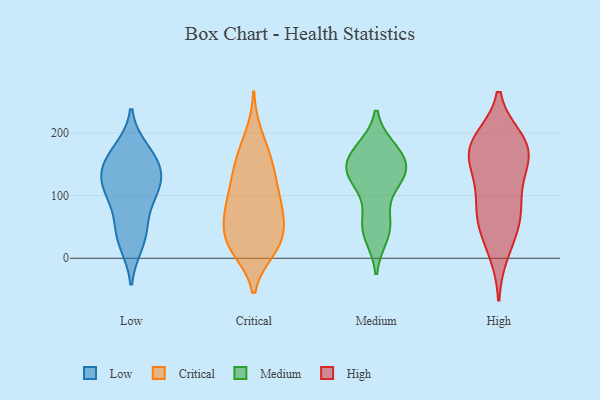
{"axis": {"x": "Waste Production (Tons)", "y": "Value"}, "legend": ["Critical", "High", "Low", "Medium"], "data": [{"x": "", "y": 24, "type": "Low"}, {"x": "", "y": 161, "type": "Low"}, {"x": "", "y": 114, "type": "Low"}, {"x": "", "y": 172, "type": "Low"}, {"x": "", "y": 152, "type": "Low"}, {"x": "", "y": 37, "type": "Low"}, {"x": "", "y": 142, "type": "Low"}, {"x": "", "y": 125, "type": "Low"}, {"x": "", "y": 56, "type": "Low"}, {"x": "", "y": 102, "type": "Low"}, {"x": "", "y": 107, "type": "Low"}, {"x": "", "y": 41, "type": "Critical"}, {"x": "", "y": 85, "type": "Critical"}, {"x": "", "y": 142, "type": "Critical"}, {"x": "", "y": 95, "type": "Critical"}, {"x": "", "y": 16, "type": "Critical"}, {"x": "", "y": 80, "type": "Critical"}, {"x": "", "y": 155, "type": "Critical"}, {"x": "", "y": 75, "type": "Critical"}, {"x": "", "y": 133, "type": "Critical"}, {"x": "", "y": 14, "type": "Critical"}, {"x": "", "y": 31, "type": "Critical"}, {"x": "", "y": 58, "type": "Critical"}, {"x": "", "y": 197, "type": "Critical"}, {"x": "", "y": 33, "type": "Critical"}, {"x": "", "y": 164, "type": "Critical"}, {"x": "", "y": 106, "type": "Critical"}, {"x": "", "y": 17, "type": "Critical"}, {"x": "", "y": 174, "type": "Medium"}, {"x": "", "y": 36, "type": "Medium"}, {"x": "", "y": 135, "type": "Medium"}, {"x": "", "y": 42, "type": "Medium"}, {"x": "", "y": 167, "type": "Medium"}, {"x": "", "y": 135, "type": "Medium"}, {"x": "", "y": 145, "type": "Medium"}, {"x": "", "y": 125, "type": "Medium"}, {"x": "", "y": 58, "type": "Medium"}, {"x": "", "y": 129, "type": "Medium"}, {"x": "", "y": 164, "type": "Medium"}, {"x": "", "y": 129, "type": "Medium"}, {"x": "", "y": 171, "type": "Medium"}, {"x": "", "y": 62, "type": "Medium"}, {"x": "", "y": 75, "type": "High"}, {"x": "", "y": 188, "type": "High"}, {"x": "", "y": 63, "type": "High"}, {"x": "", "y": 74, "type": "High"}, {"x": "", "y": 184, "type": "High"}, {"x": "", "y": 175, "type": "High"}, {"x": "", "y": 129, "type": "High"}, {"x": "", "y": 115, "type": "High"}, {"x": "", "y": 167, "type": "High"}, {"x": "", "y": 162, "type": "High"}, {"x": "", "y": 177, "type": "High"}, {"x": "", "y": 10, "type": "High"}, {"x": "", "y": 43, "type": "High"}]}